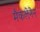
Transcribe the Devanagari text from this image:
मैकलेनेन